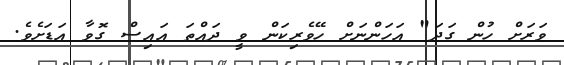
ވަރަށް ހުން ގަދަ" އަހަންނަށް ހޭވެރިކަން ވީ ދައްތަ އައިސް ގޮވާ އަޑަށެވެ.